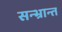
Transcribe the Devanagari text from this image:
सन्भ्रान्त